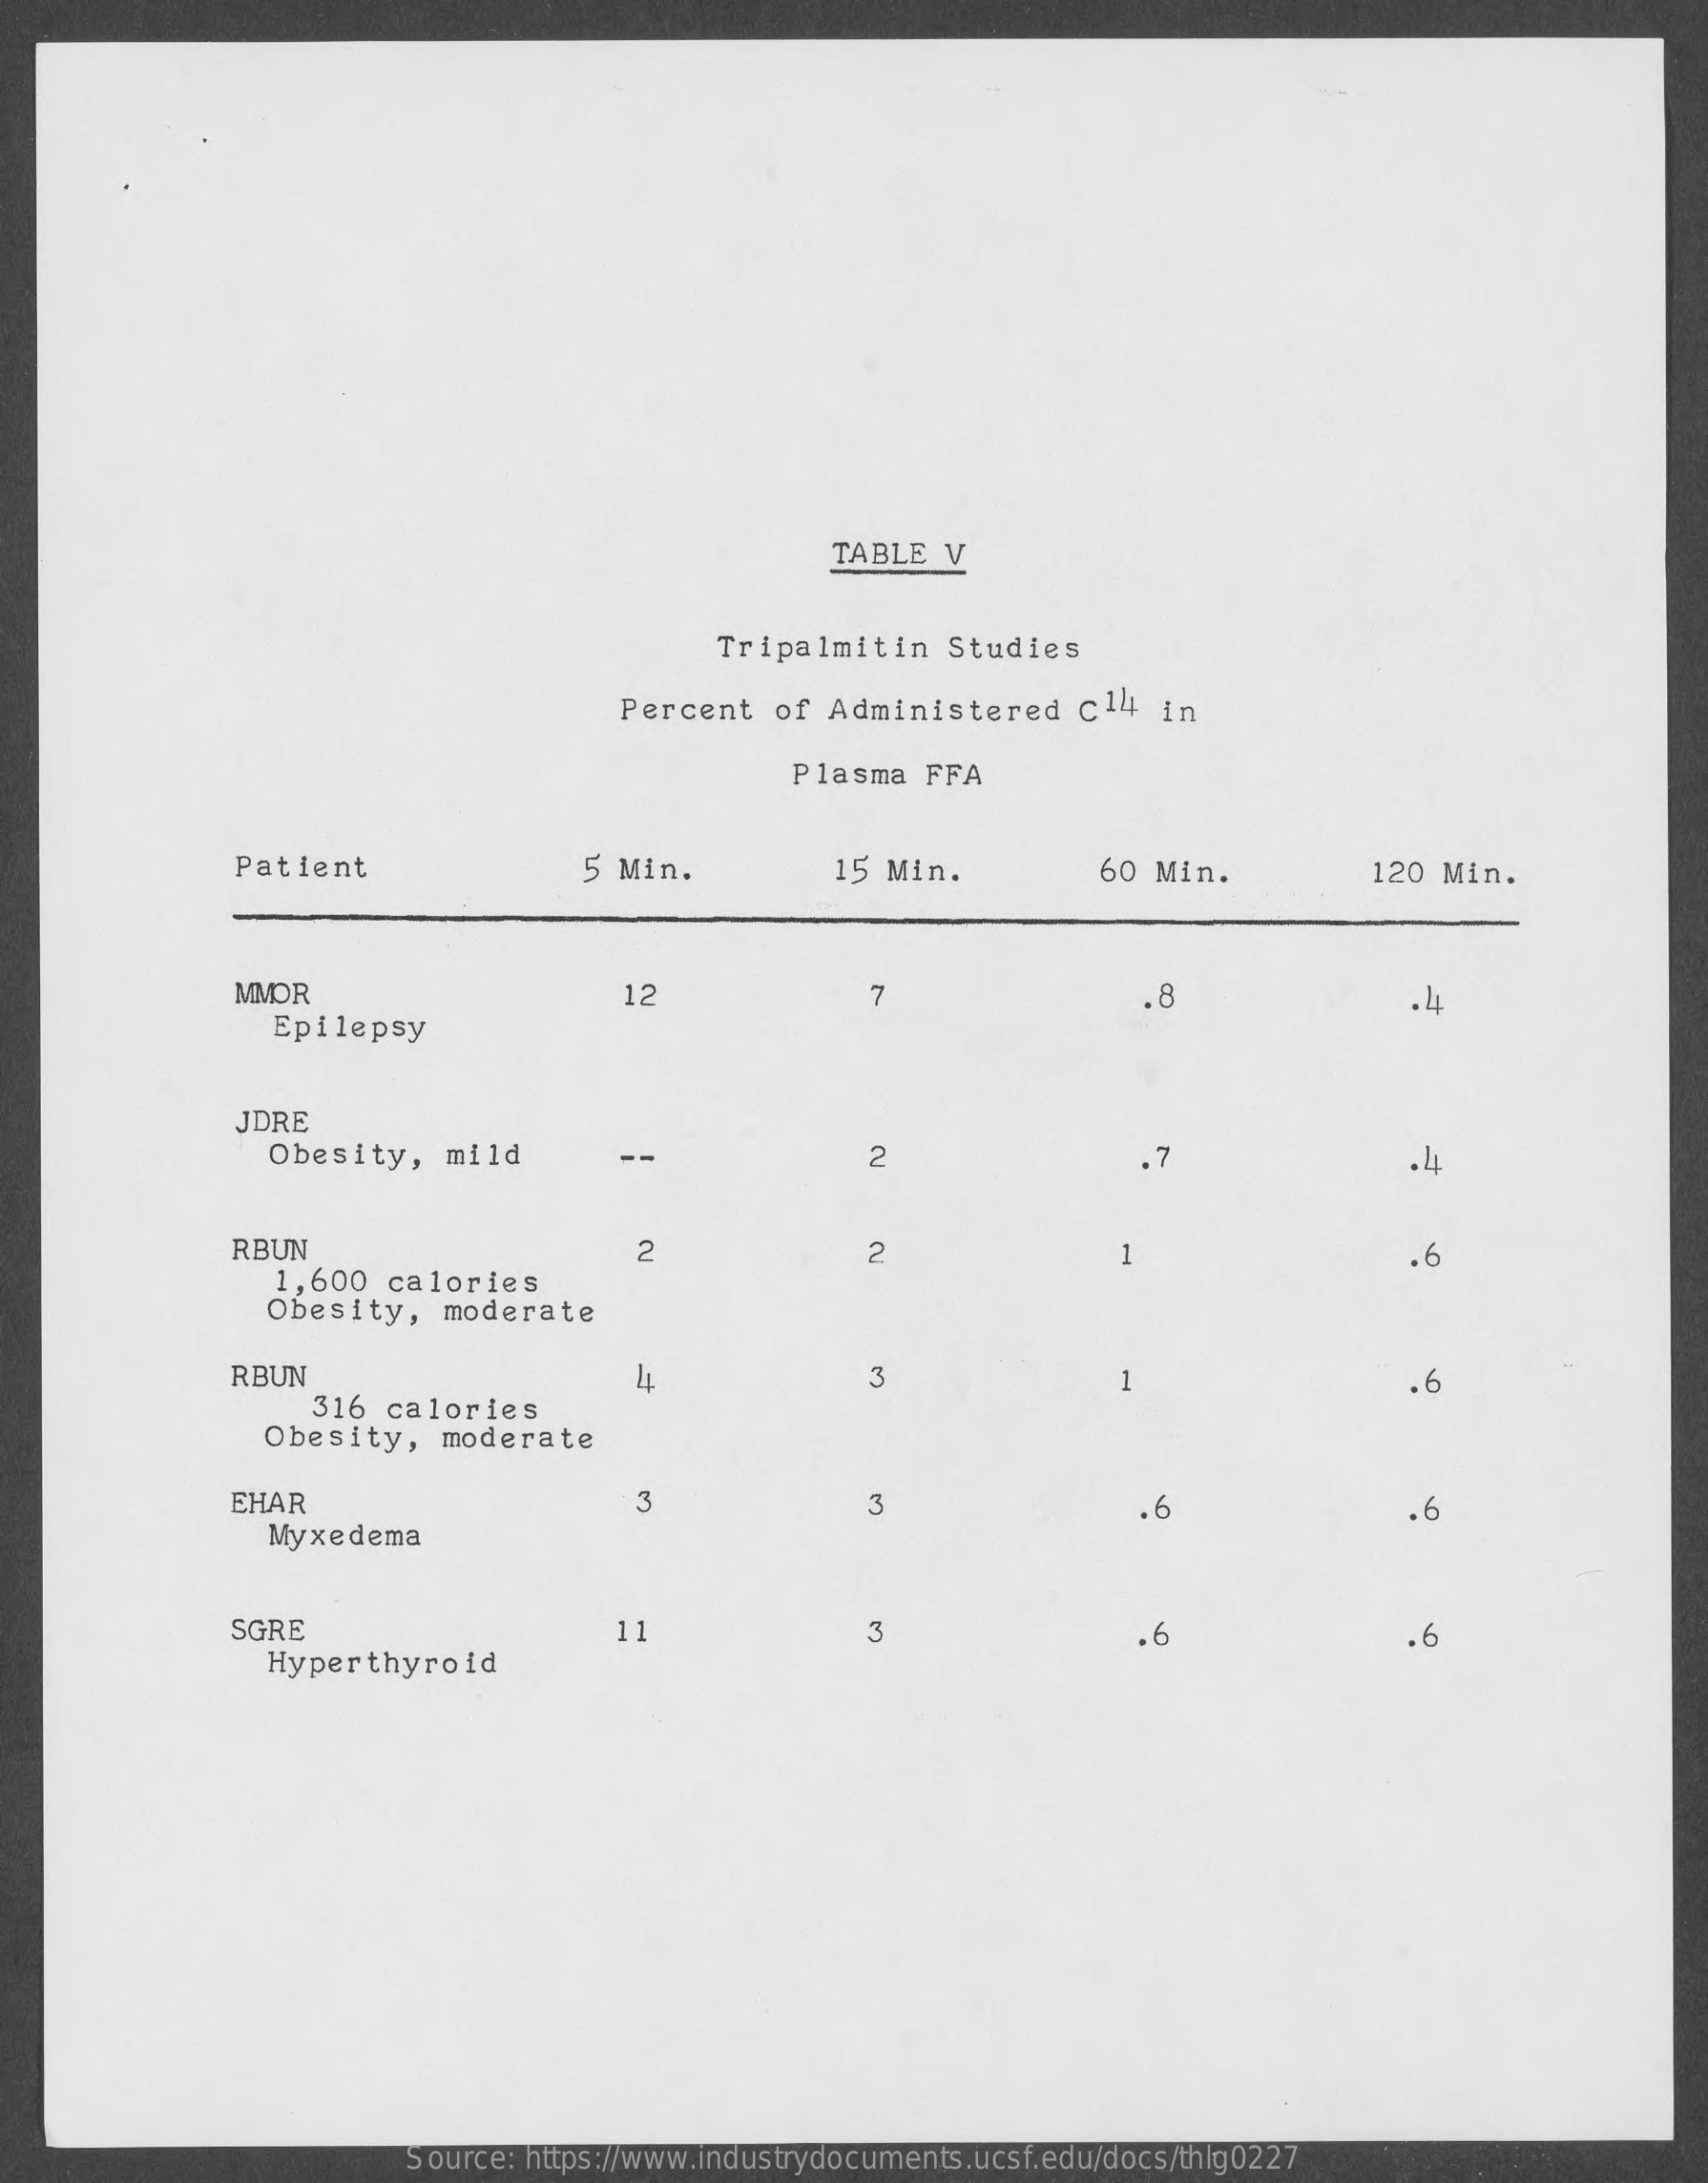
TABLE   V
     Tripalmitin    Studies
     Percent   of  Administered    c14   in
     Plasma  FFA
     Patient    5 Min.    15 Min.    60 Min.    120 Min.
     MMOR    12    7
     Epilepsy
     .8
     JDRE
     Obesity,   mild    --    2    7    .4
     RBUN
     1,600 calories
     2    2    1    . 6
     Obesity,   moderate
     RBUN    3    -
     316 calories
     .6
     Obesity,   moderate
     EHAR    3    3
     Myxedema
     .6    .6
     SGRE    3
     Hyperthyroid
     11    .6
     Source: https://www.industrydocuments.ucsf.edu/docs/thlg0227